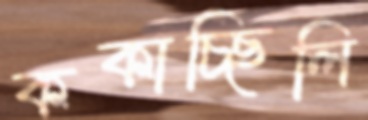
ককাচ্ছিলি